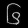
Digit: ၆